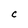
Character: C